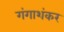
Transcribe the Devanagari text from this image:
गंगाशंकर